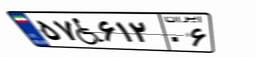
۵۷W۶۱۲۰۶